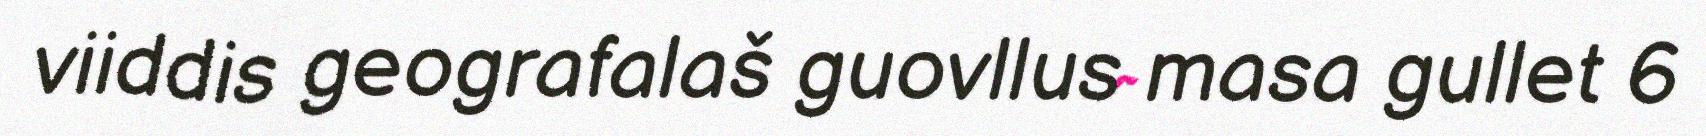
viiddis geografalaš guovllus masa gullet 6